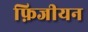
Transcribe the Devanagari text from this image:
फ़िजीयन